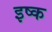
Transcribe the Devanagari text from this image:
इष्क